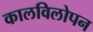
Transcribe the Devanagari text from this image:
कालविलोपन